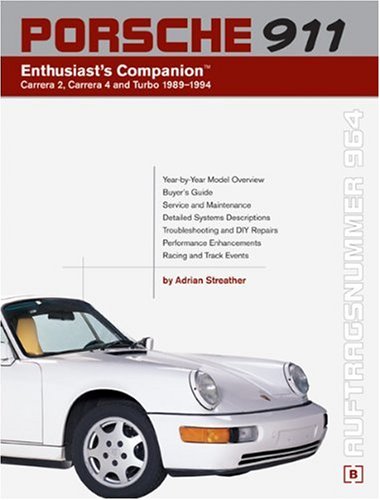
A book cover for Porsche 911 (964) Enthusiast's Companion: Carrera 2, Carrera 4, and Turbo 1989-1994; Adrian Streather; Engineering & Transportation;